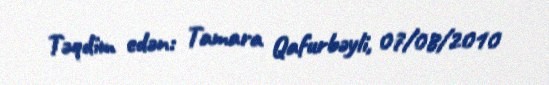
Təqdim edən: Tamara Qafurbəyli, 07/08/2010